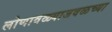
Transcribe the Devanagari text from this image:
लोणावळ्याजवळच्या